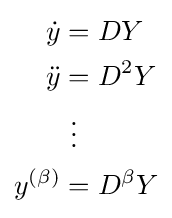
{\begin{aligned}{\dot {y}}&=DY\\{\ddot {y}}&=D^{2}Y\\&{}\ \vdots \\y^{(\beta )}&=D^{\beta }Y\end{aligned}}